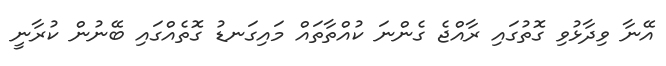
އޭނާ ވިދާޅުވި ގޮތުގައި ރާއްޖެ ގެންނަ ކުއްތާތައް މައިގަނޑު ގޮތެއްގައި ބޭނުން ކުރާނީ